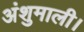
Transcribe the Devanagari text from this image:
अंशुमाली।